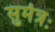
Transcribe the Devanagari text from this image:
सुमंत्रः